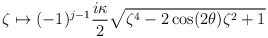
\begin{align*}\zeta \mapsto(-1)^{j-1} \frac{i \kappa}{2} \sqrt{\zeta^4-2\cos (2\theta)\zeta ^2+1}\end{align*}